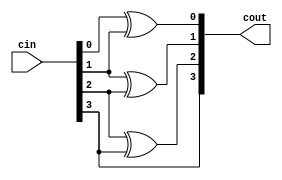
//
module gray_tran #(
    parameter N =4
) (
    input [N-1:0] cin,
    output reg [N-1:0] cout
);
    integer i;
    always @* begin
        for (i = 0;i < N-1;i = i+1) begin
            cout[i] = (cin[i] ^ cin[i+1]);
        end
        cout[N-1] = cin[N-1];
    end
    
endmodule